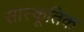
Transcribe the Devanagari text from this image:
सांस्कूतिक